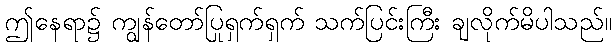
ဤနေရာ၌ ကျွန်တော်ပြုရှက်ရှက် သက်ပြင်းကြီး ချလိုက်မိပါသည်။